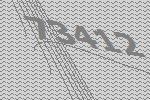
73412